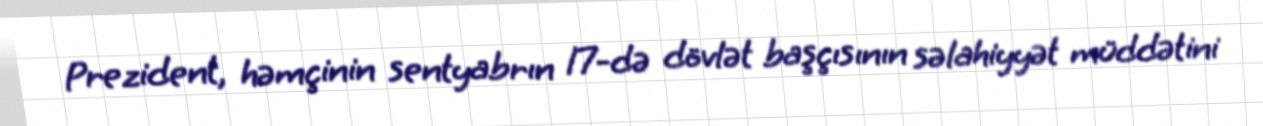
Prezident, həmçinin sentyabrın 17-də dövlət başçısının səlahiyyət müddətini